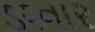
ડરનાર